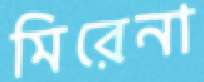
মিরেনা